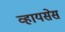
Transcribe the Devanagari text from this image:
व्हायसेस